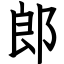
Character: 郎